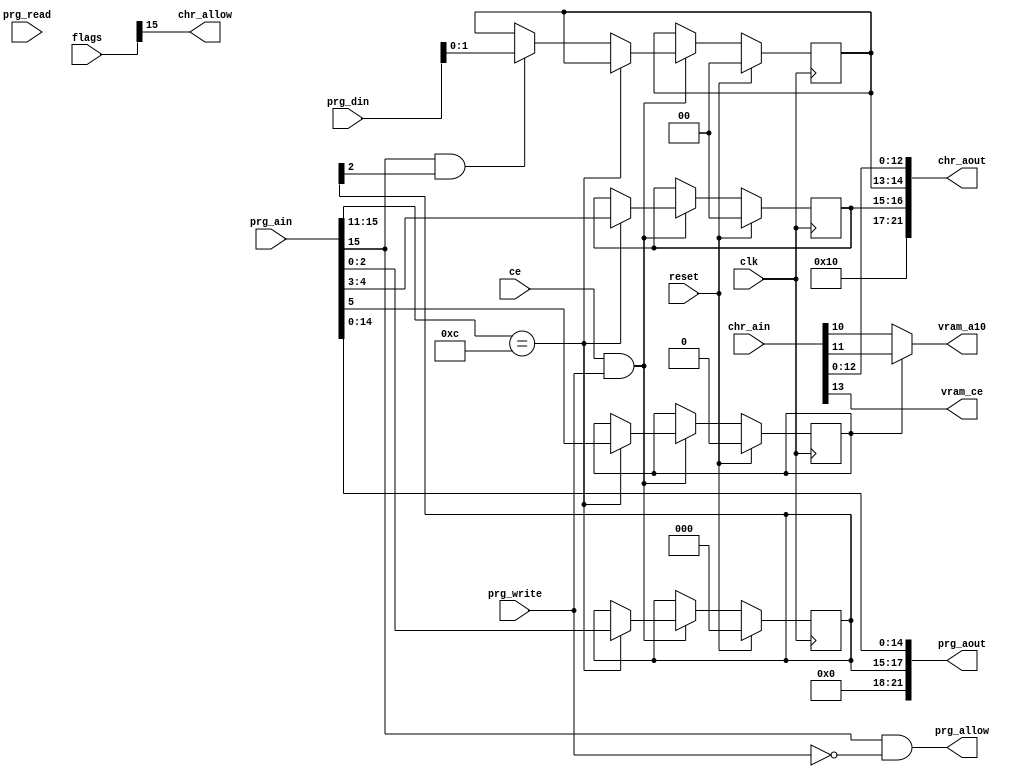
module Mapper41(input clk, input ce, input reset,
                input [31:0] flags,
                input [15:0] prg_ain, output [21:0] prg_aout,
                input prg_read, prg_write,                   
                input [7:0] prg_din,
                output prg_allow,                            
                input [13:0] chr_ain, output [21:0] chr_aout,
                output chr_allow,                      
                output vram_a10,                             
                output vram_ce);                             
  reg [2:0] prg_bank;
  reg [1:0] chr_outer_bank, chr_inner_bank;
  reg mirroring;
  always @(posedge clk) if (reset) begin
    prg_bank <= 0;
    chr_outer_bank <= 0;
    chr_inner_bank <= 0;
    mirroring <= 0;
  end else if (ce && prg_write) begin
    if (prg_ain[15:11] == 5'b01100) begin
      {mirroring, chr_outer_bank, prg_bank} <= prg_ain[5:0];
    end else if (prg_ain[15] && prg_bank[2]) begin
      chr_inner_bank <= prg_din[1:0];
    end
  end
  assign prg_aout = {4'b00_00, prg_bank, prg_ain[14:0]};
  assign chr_allow = flags[15];
  assign chr_aout = {5'b10_000, chr_outer_bank, chr_inner_bank, chr_ain[12:0]};
  assign vram_ce = chr_ain[13];
  assign vram_a10 = mirroring ? chr_ain[11] : chr_ain[10];
  assign prg_allow = prg_ain[15] && !prg_write;
endmodule